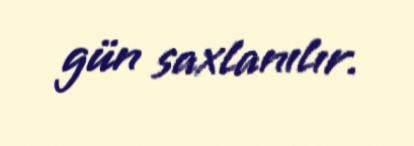
gün saxlanılır.